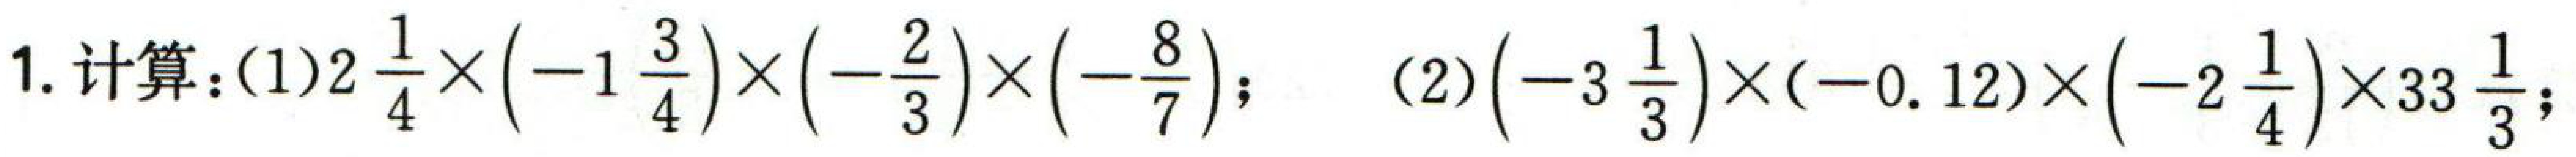
1. 计算：
(1) \(2\frac{1}{4}\times(-1\frac{3}{4})\times(-\frac{2}{3})\times(-\frac{8}{7})\)；
(2) \((-3\frac{1}{3})\times(-0.12)\times(-2\frac{1}{4})\times33\frac{1}{3}\)；